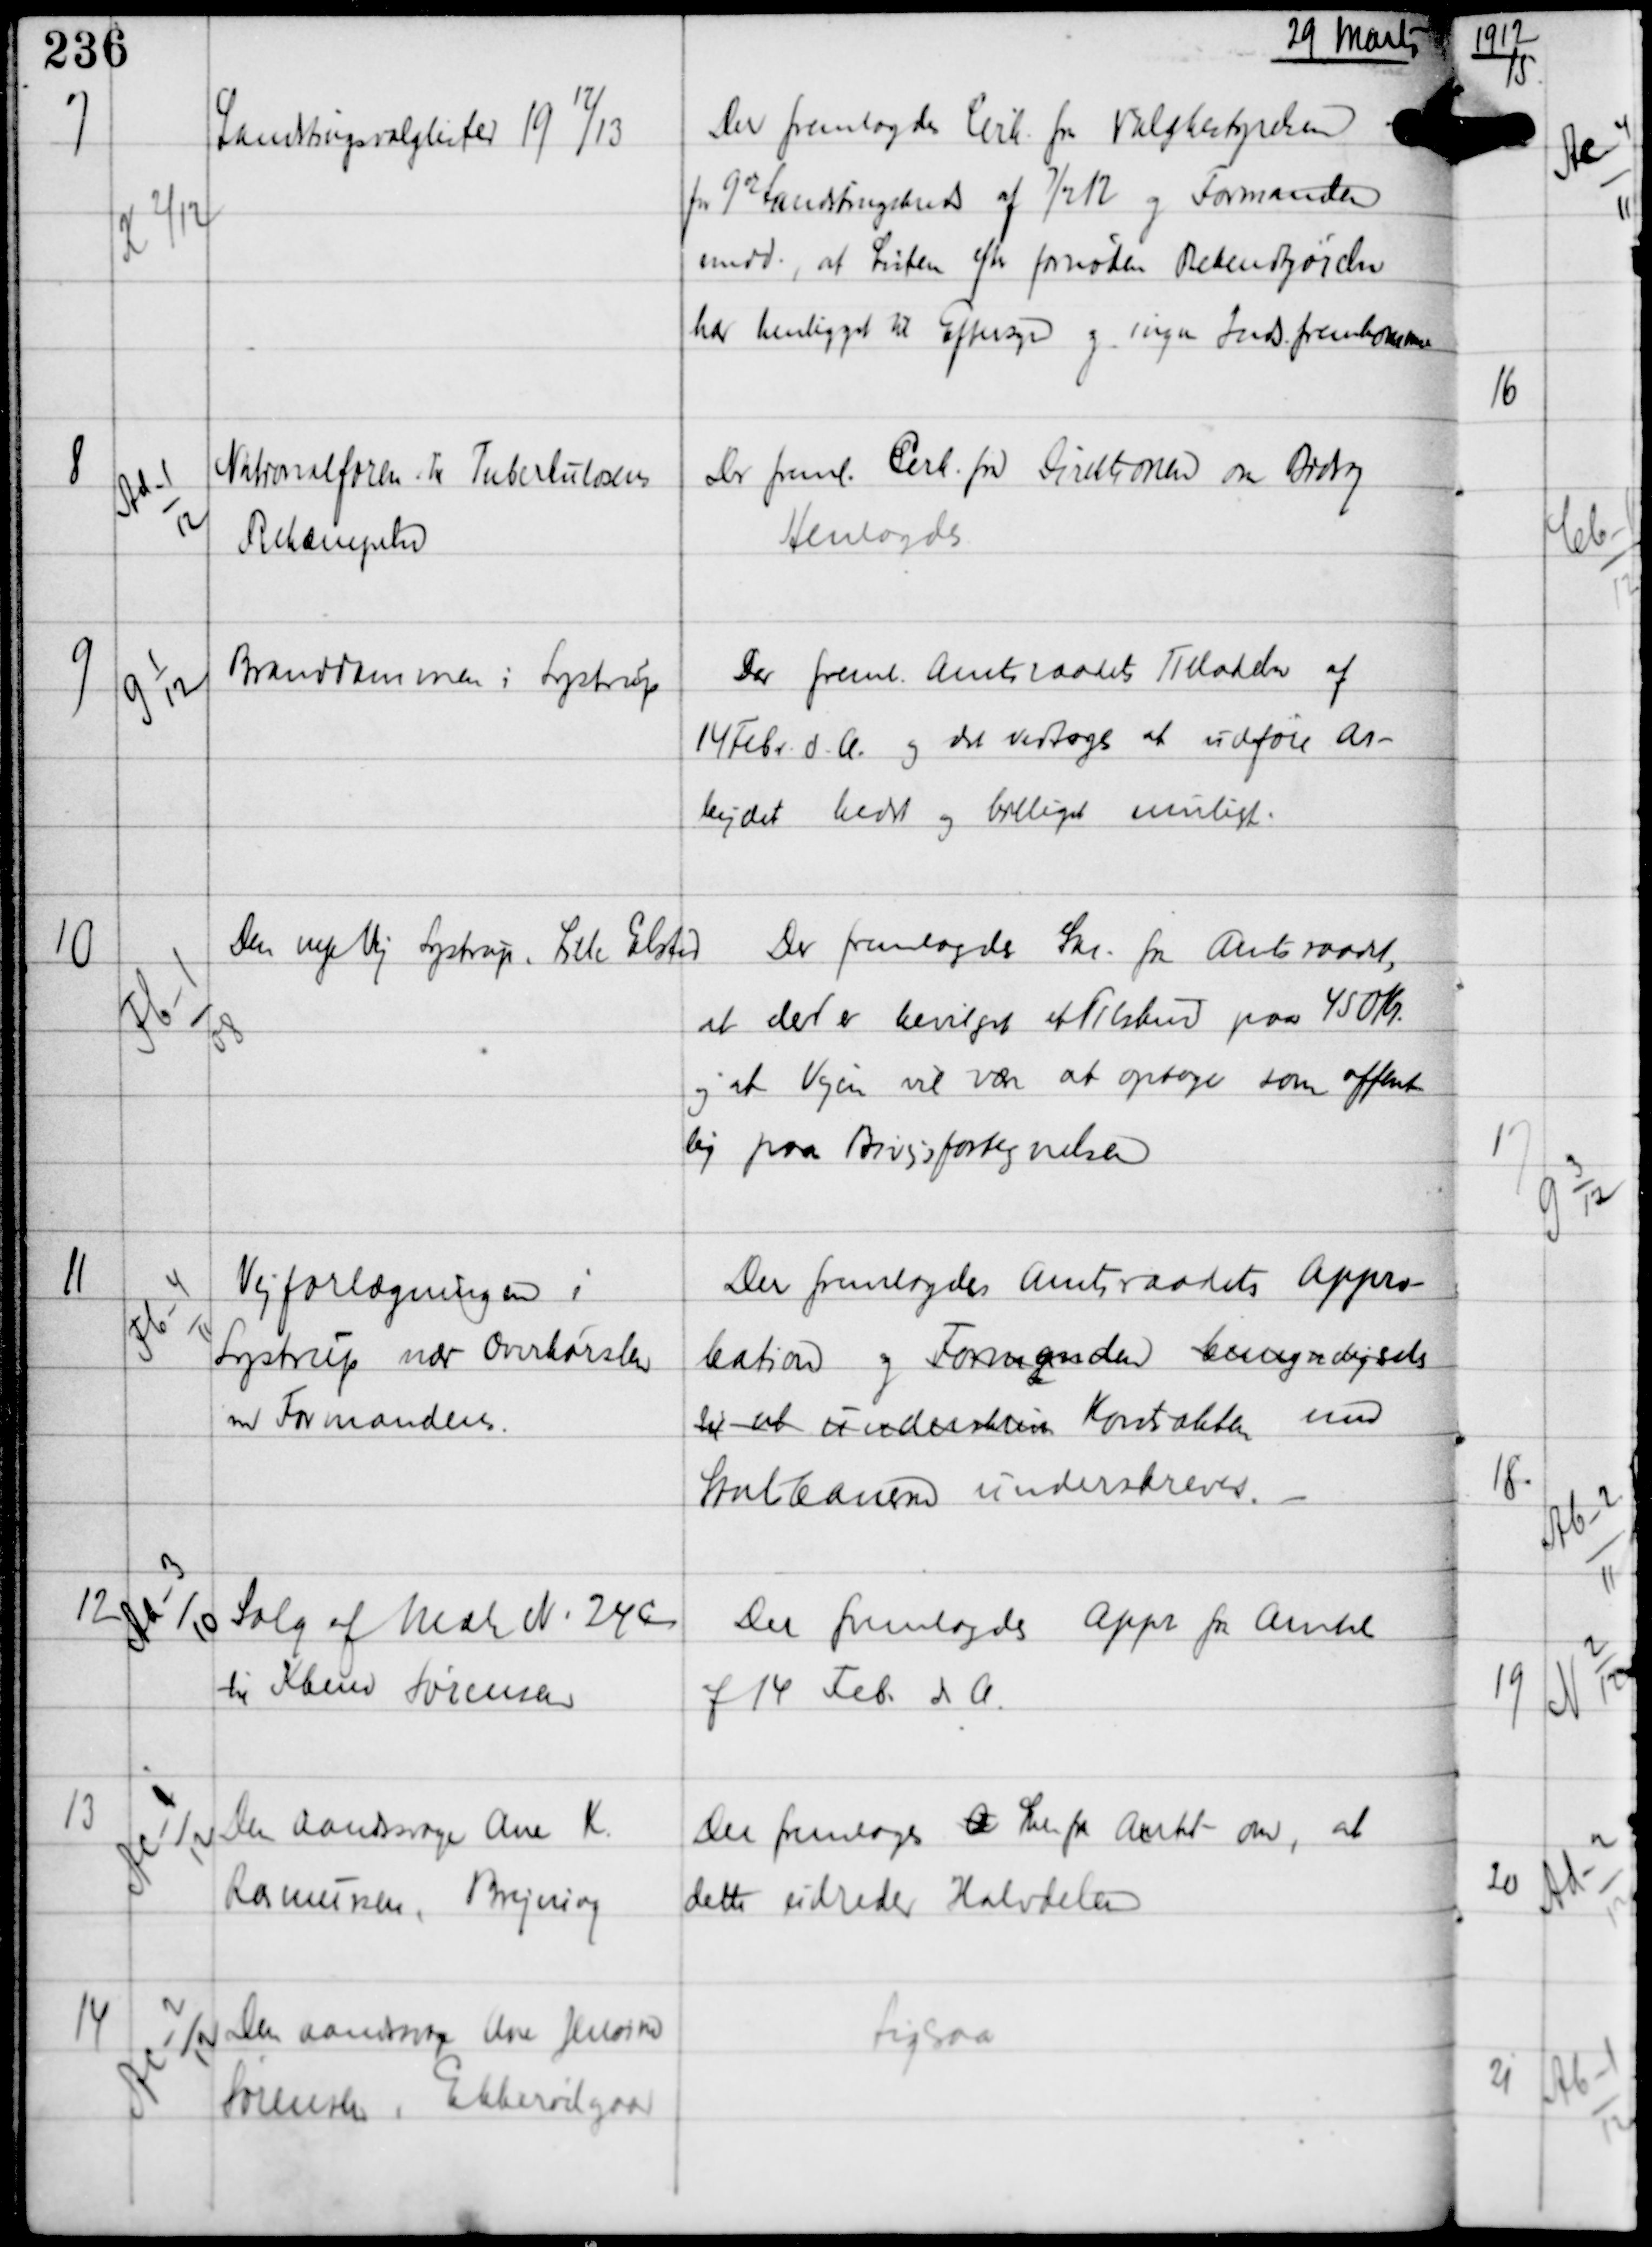
Transskription:
29 Marts

7

K 2/12

Landstingslister 1912/13

Der fremlagdes Cirk fra Valgbestyrelsen
for 9de Landstingskreds af 7/12 12 og Formanden
medd., at Listen efter fornøden Bekendtgørelse
har henligget til Eftersyn og ingen Inds fremkomme

8

Ad-1
12

Nationalforen til Tuberkulosens
Bekæmpelse

Der freml Cirk fra Direktionen om Bidrag
Henlagdes

9

G 1
12

Branddammen i Lystrup

Der freml Amtsraadets Tilladelse af
14 Febr d.A. og det vedtoges at udføre Ar-
bejdet bedst og billigst muligt.

10

Fb-1
08

Den nye Vej Lystrup - Lille Elsted

Der fremlagdes Skr. fra Amtsraadet,
at der er bevilget et Tilskud paa 450 Kr
og at Vejen vil være at optage som offent-
lig paa Bivejsfortegnelsen

11

Fb-4
11

Vejforlægningen i
Lystrup nær Overkørslen
ved Formanden

Der fremlagdes Amtsraadets Appro-
bation og Formanden bemyndigedes
til at underskrive Kontrakten med
Statsbanen underskreves. -

12

Aa-3
10

Salg af Matr N. 24 C
til Kbens Sørensen

Der fremlagdes Appr fra Amtet
af 14 Feb. d.A.

13

Ac-1
12

Den aandsvage Ane K.
Rasmussen, Brejning

Der fremlagdes A Skr fra Amtet om, at
dette udreder Halvdelen

14

Ac-2
12

Den aandsvage Ane Jensine
Sørensen, Ebberødgaard

Ligesaa